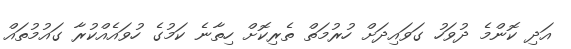
އަދި ކޮންމެ ދުވަހު ގަވައިދަށް ހުރުމަތް ތެރިކޮށް ހިތާނެ ކަމުގެ ހުވައެއްކުރާ ގައުމުތައް